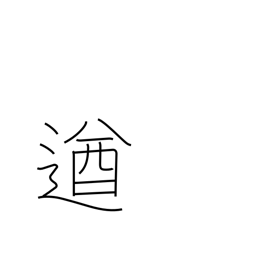
Meaning: powerful